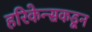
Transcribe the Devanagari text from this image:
हरिकेन्सकडून